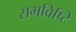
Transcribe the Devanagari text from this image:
समविष्टि